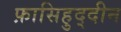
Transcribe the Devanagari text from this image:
फ़ासिहुद्दीन